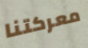
معركتنا